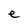
Character: e